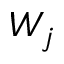
W _ { j }